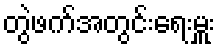
တွဲဖက်အတွင်းရေးမှူး